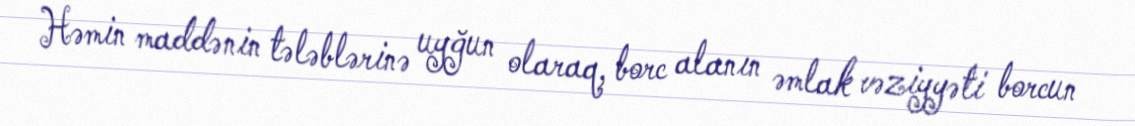
Həmin maddənin tələblərinə uyğun olaraq, borc alanın əmlak vəziyyəti borcun